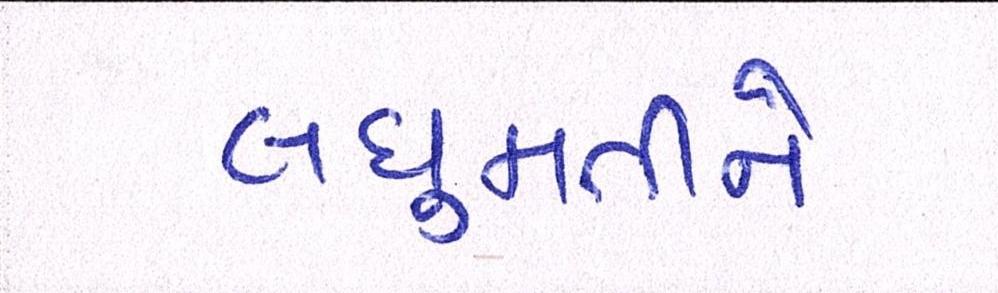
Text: લઘુમતીને